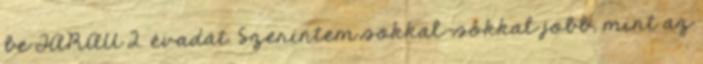
be TARAU 2. évadát. Szerintem sokkal-sokkal jobb, mint az